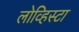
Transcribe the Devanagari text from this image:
लोव्हिस्टा